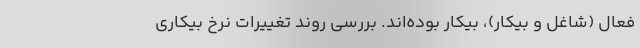
فعال (شاغل و بیکار)، بیکار بوده‌اند. بررسی روند تغییرات نرخ بیکاری